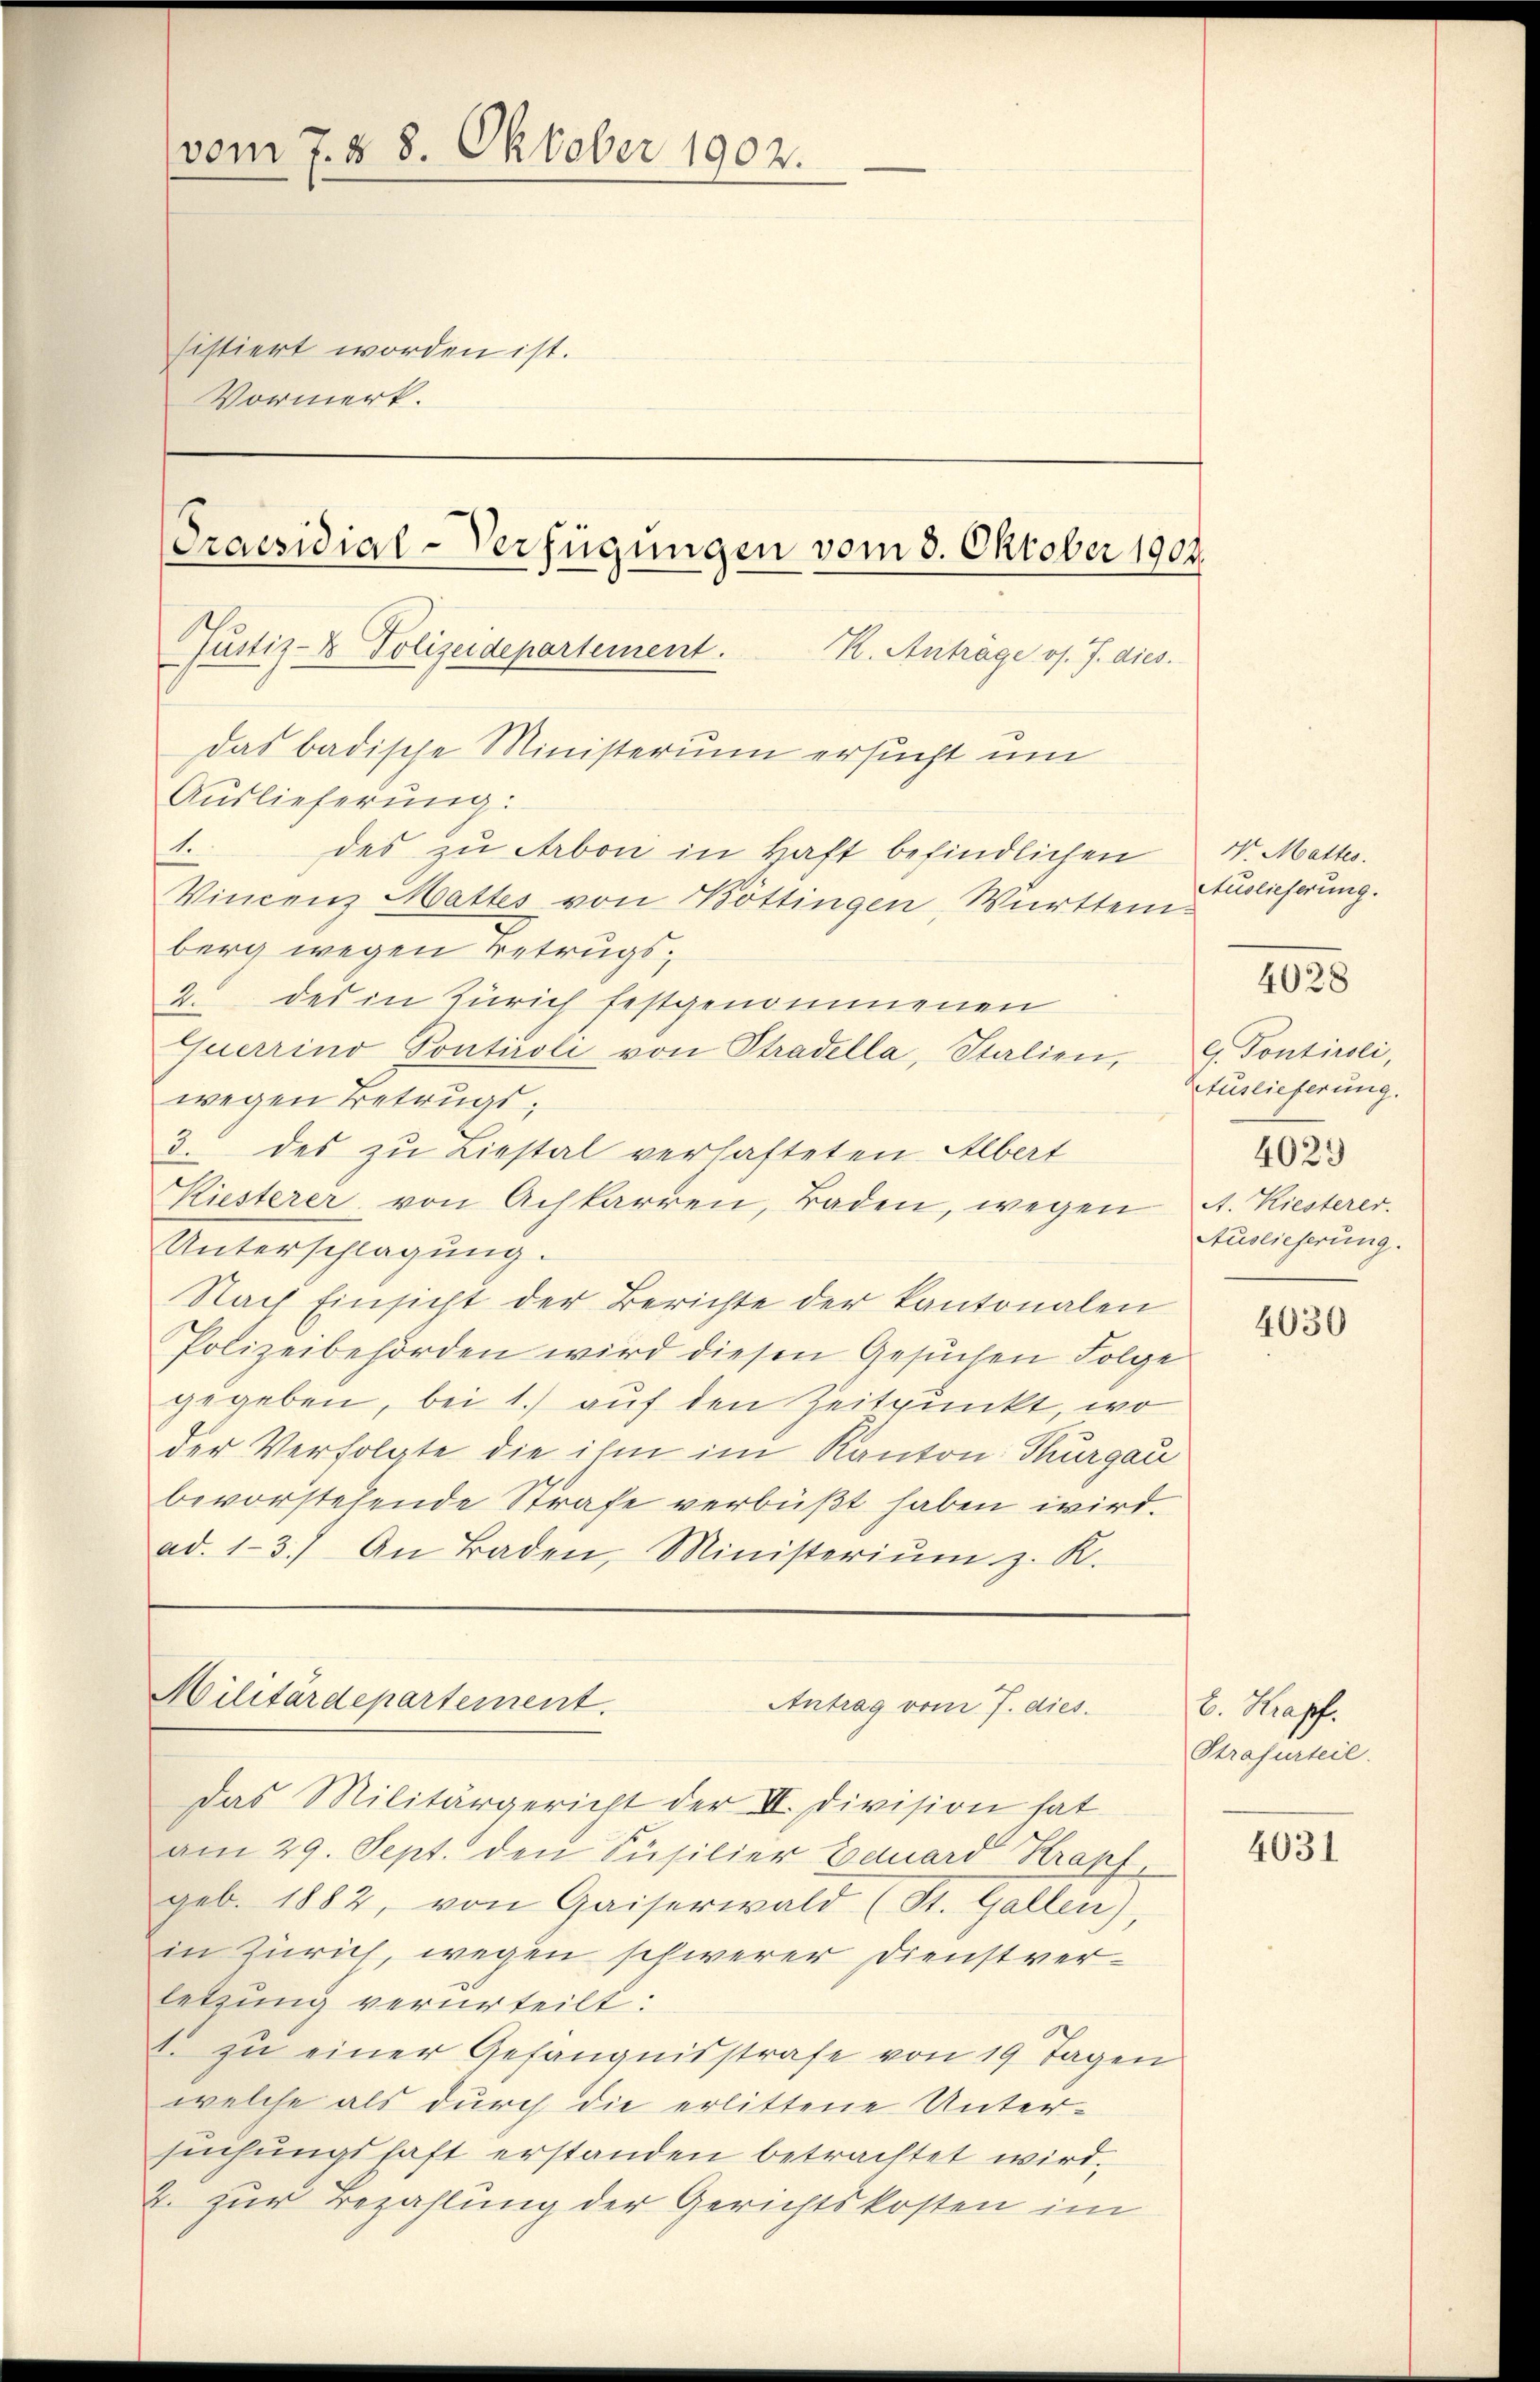
vom 7. § 8. Oktober 1902.
sistiert worden ist.
Vormerk.

Auslieferung:
1.
des zu Arbon in Haft befindlichen W. Metter.
Vincenz Mattes von Kottingen, Württemberg wegen Betrugs;
2. des in Zürich festgenommenen
Querrino Ponticoli von Stradella, Italien, G. Pontiroli,
wegen Betrugs¬
3. des zu Liestal verhafteten Albert
Kiesterer von Achkarren, Baden, wegen A. Kiesterer.
Unterschlagung.
Nach Einsicht der Berichte der kantonalen
Polizeibehörden wird diesen Gesuchen Folge
gegeben, bei 1) auf den Zeitpunkt, wo
der Verfolgte die ihm im Kanton Thurgau
bevorstehende Strafe verbüßt haben wird.
ad. 13.) An Baden, Ministeriŭm z. K.

Praesidial-Verfügungen vom 3. Oktober 1904.
Justiz- & Polizeidepartement. K. Anträge os. J. dies.
Das badische Ministerium ersucht um

Militärdepartement.

Das Militärgericht der II. Division hat
am 29. Sept. den Füsilier Bauard Krapf
geb. 1882, von Gaiserwald (St. Gallen),
in Zürich, wegen schwerer Dienstverletzung verurteilt:
1. zu einer Gefängnisstrafe von 19 Tagen
welche als durch die erlittene Untersŭchŭngshaft erstanden betrachtet wird.
2. zur Bezahlung der Gerichtskosten im

Antrag vom 7. dies

Auslieferung.

Auslieferung.
4025
Auslieferung.

4028

4030

b. Krapf.
Strafurteil.

4031